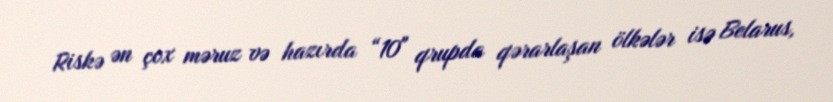
Riskə ən çox məruz və hazırda “10" qrupda qərarlaşan ölkələr isə Belarus,